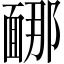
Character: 𩈩